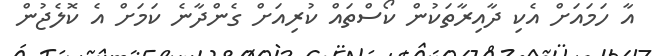
އާ ހަމައަށް އެކި ދާއިރާތަކުން ކޯސްތައް ކުރިއަށް ގެންދާނެ ކަމަށް އެ ކޮލެޖުން